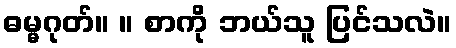
ဓမ္မဂုတ်။ ။ စာကို ဘယ်သူ ပြင်သလဲ။